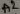
Text: A2